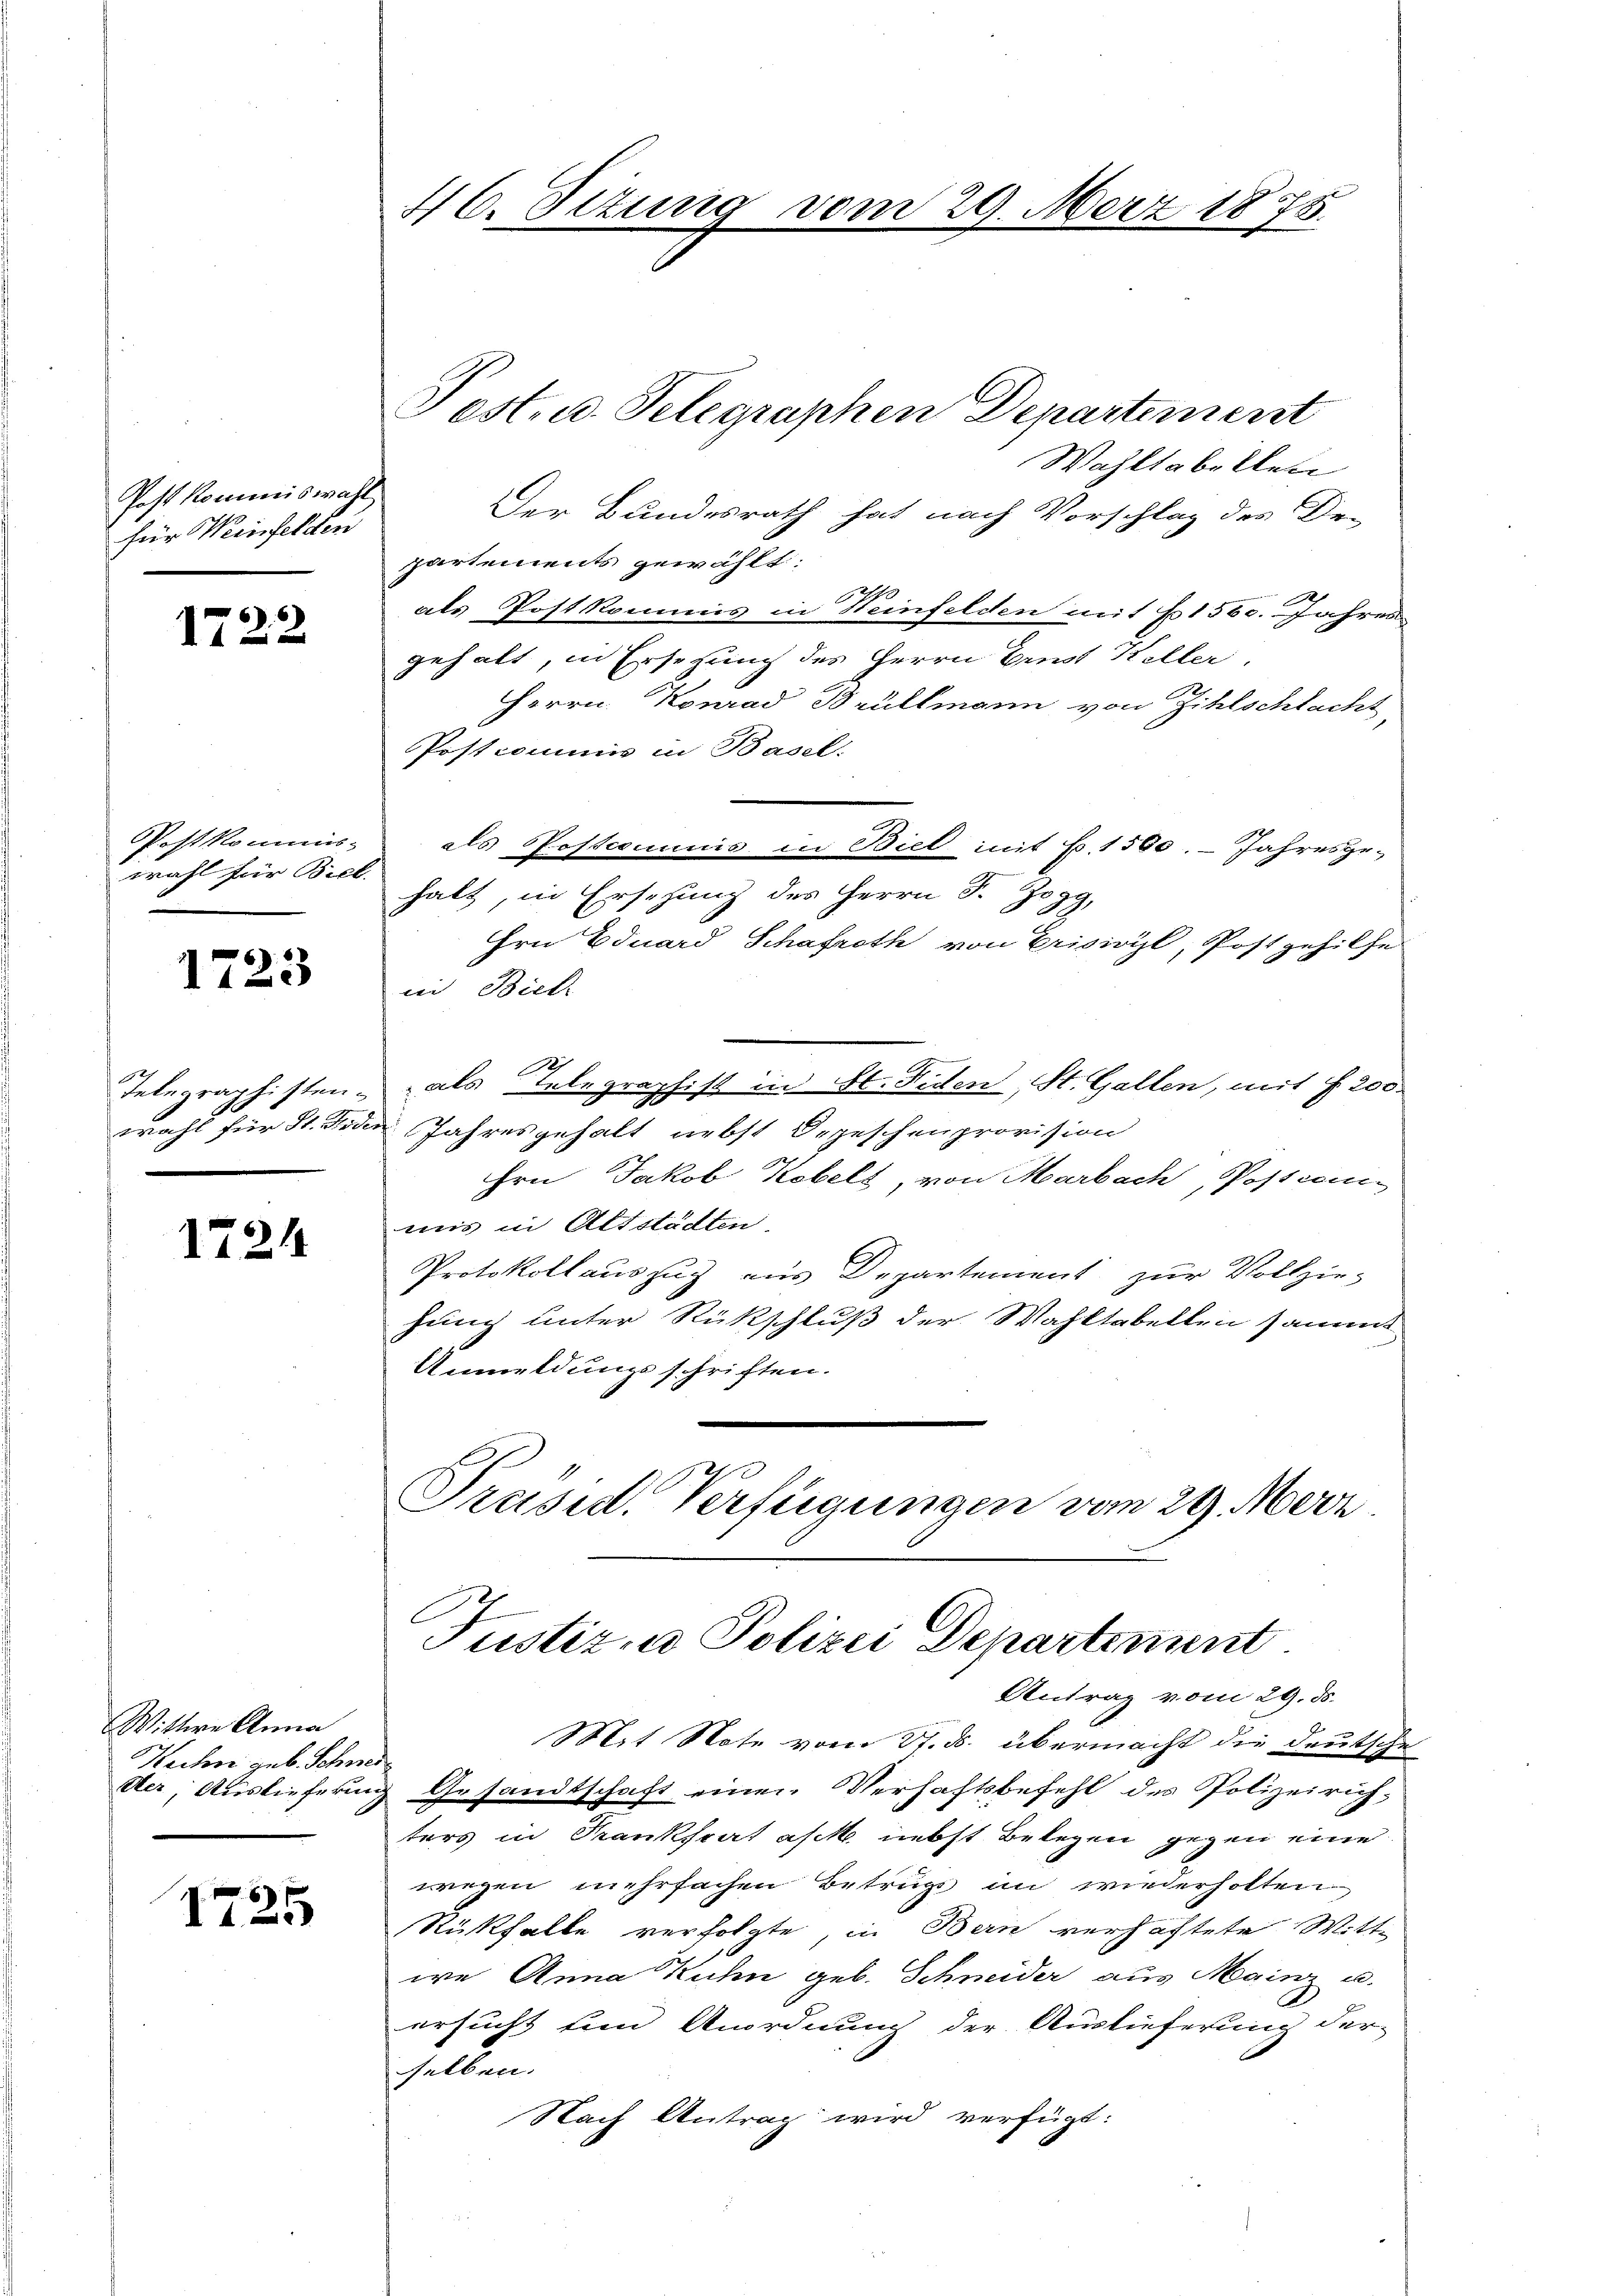
Post kommiswahl,
für Weinfelden

1722

Postkommis-
wahl für Biel.

1723

Telegraphisten.
wahl für St. Sie

1724

Wittwe Anna
Hechen geb. Schwed
Der Auslieferung

1725

46. Situng vom 29. März 1875.

Wahltabellen
Der Bundesrath hat nach Vorschlag des Dr.
partements gewählt:
als Postkommis in Weinfelden mit 1560. Jahres
gehalt, in Ersetzung des Herrn Brust Keller.
Herrn Konrad Brüllmann von Zihlschlacht
Postcommis in Basel.
als Postcommnis in Biel mit Fr. 1560. Jahresge-
halt, in Erschung des Herrn F. Zogg,
Hrn Eduard Schafroth von Erisivil, Post gehilfe
i Bich
2
als Telegraphist in St. Fiden, St. Gallen, mit §. 200
in Jahresgehalt nebst Depeschenprovision
Hrn Jakob Kobelt, von Marbach, Postcan
uns in Altstädten.
Protokollauszug aus Departement zur Vollzie-
hung unter Rückschluß der Wahltabellen sammt
Anmeldungsschriften.
Prusid. Verfügungen vom 29. März.

Post. u. Telegraphen Departement

Justiz- u Polizei Departement
Antrag vom 29. ds.

Mit Note vom 31. ds. übermacht die deutsche
Gesandtschaft einen Verhaftsbefehl des Polizeirichters in Frankfrat asch nebst Belegen gegen eine
wegen mehrfachen Betrüge an wiederholten.
Rückfalle verfolgte, in Bern verhaftete Wittwe Anna Kuhn geb. Schneider aus Mainz u.
ersucht und Anordnung der Auslieferung der-
selben.
Nach Antrag wird verfügt: